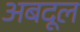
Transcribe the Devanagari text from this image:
अबदूल